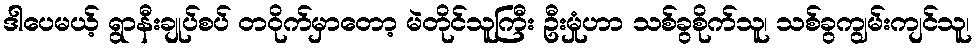
ဒါပေမယ့် ရွာနီးချုပ်စပ် တဝိုက်မှာတော့ မဲတိုင်သူကြီး ဦးမှုံဟာ သစ်ခွစိုက်သူ၊ သစ်ခွကျွမ်းကျင်သူ၊